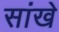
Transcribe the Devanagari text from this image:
सांखे